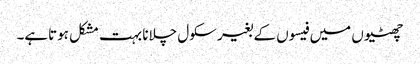
چھٹیوں میں فیسوں کے بغیر سکول چلانا بہت مشکل ہوتاہے۔